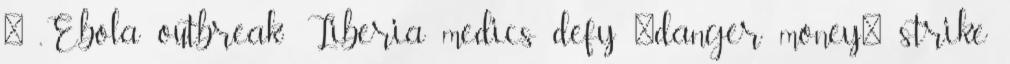
↑ „Ebola outbreak: Liberia medics defy 'danger money' strike